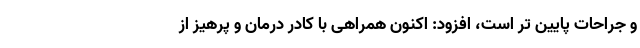
و جراحات پایین تر است، افزود: اکنون همراهی با کادر درمان و پرهیز از